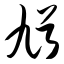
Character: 馗